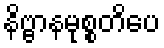
နိဗ္ဗာနမုစ္စတိပေ